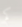
كم